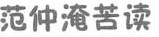
范仲淹苦读